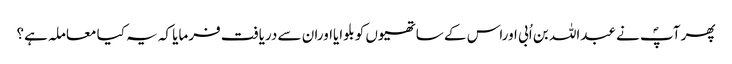
پھر آپؐ نے عبداللہ بن اُبی اوراس کے ساتھیوں کو بلوایااوران سے دریافت فرمایا کہ یہ کیا معاملہ ہے؟